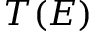
T ( E )